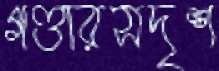
গণ্ডারসদৃশ